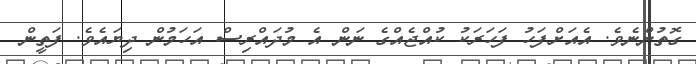
ގޮތުންނެވެ. އެއަށްފަހު ފަހަރަކު ކުއްޖެއްގެ ނަން އެ މުދައްރިސް އަހަމުން ދިޔައެވެ. ފަތީން